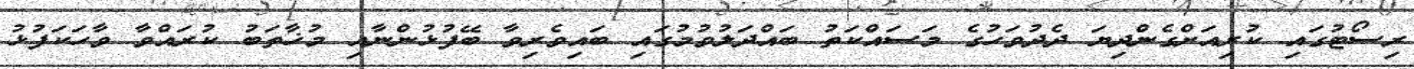
ރިސޯޓުގައި ކުރިއަށްގެންދިޔަ ދެދުވަހުގެ މަސައްކަތު ބައްދަލުވުމުގައި ބައިވެރިވާ ބޭފުޅުންނާއި މުޚާތަބު ކުރައްވާ ވާހަކަފުޅު